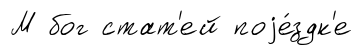
М бог стат'ей поjе́здк'е